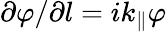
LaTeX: \partial\varphi/\partial l=ik_{\| }\varphi